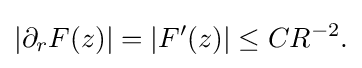
\displaystyle {|\partial _{r}F(z)|=|F^{\prime }(z)|\leq CR^{-2}.}